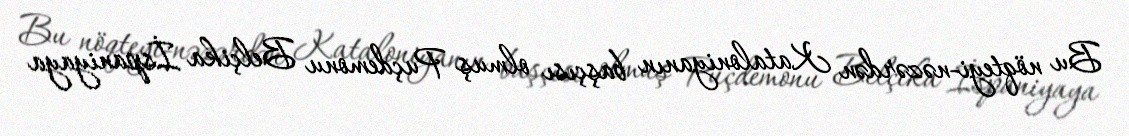
Bu nöqteyi-nəzərdən Kataloniyanın başçısı olmuş Puçdemonu Belçika İspaniyaya